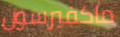
ماكفيرسون